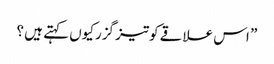
” اس علاقے کوتیز گزرکیوں کہتے ہیں ؟